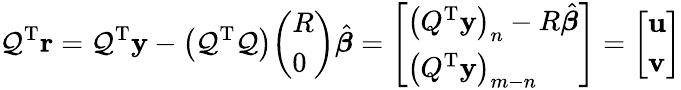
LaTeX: \mathcal{Q}^{\mathrm{{{T}}}}\mathbf{{r}}=\mathcal{Q}^{\mathrm{{{T}}}}\mathbf{{y}}-\left(\mathcal{Q}^{\mathrm{{{T}}}}\mathcal{Q}\right){\left(\begin{array}{l}{R}\\ {0}\end{array}\right)}{\hat{{\boldsymbol{\beta}}}}={\left[\begin{array}{l}{\left(Q^{\mathrm{{T}}}\mathbf{y}\right)_{n}-R{\hat{\boldsymbol{\beta}}}}\\ {\left(Q^{\mathrm{{T}}}\mathbf{y}\right)_{m-n}}\end{array}\right]}={\left[\begin{array}{l}{\mathbf{u}}\\ {\mathbf{v}}\end{array}\right]}